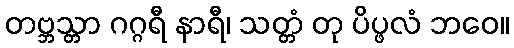
တဗ္ဘသ္တာ ဂဂ္ဂရီ နာရီ၊ သတ္တံ တု ပိပ္ဖလံ ဘဝေ။